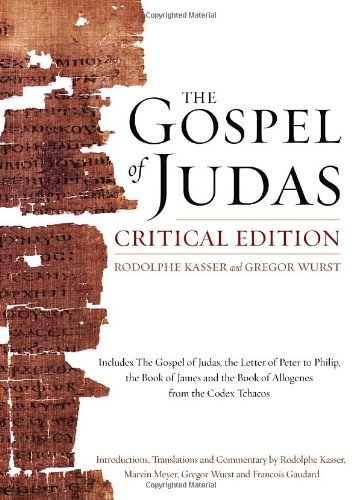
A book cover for The Gospel of Judas, Critical Edition: Together with the Letter of Peter to Phillip, James, and a Book of Allogenes from Codex Tchacos; Rodolphe Kasser; Christian Books & Bibles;